Civil Veterinary Dept. Bombay admin report 1914-1922 - 1914-1922
Year: 1914
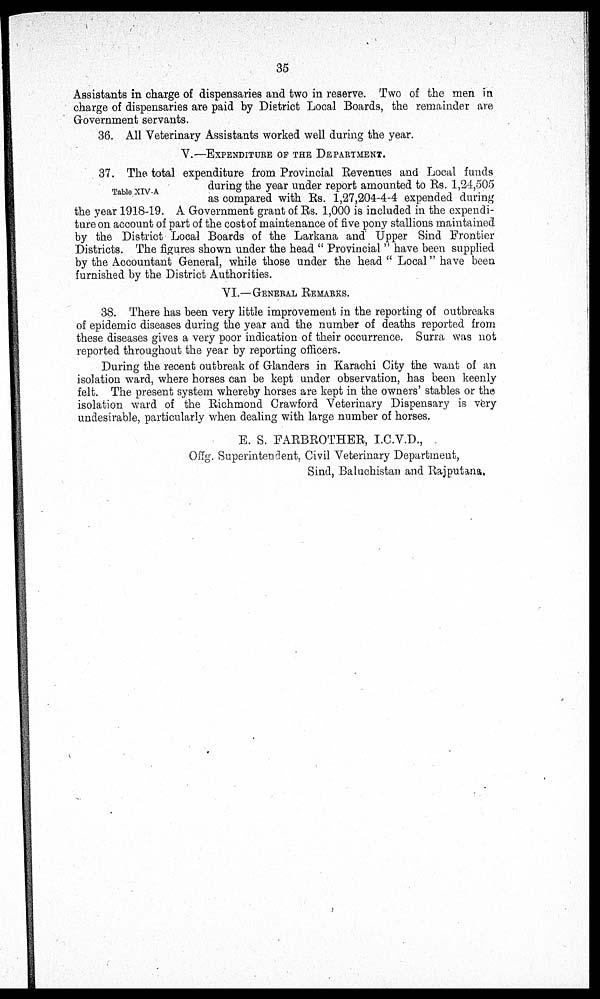
35
Assistants in charge of dispensaries and two in reserve. Two of the men in
charge of dispensaries are paid by District Local Boards, the remainder are
Government servants.
36. All Veterinary Assistants worked well during the year.
V.—EXPENDITURE OF THE DEPARTMENT.
Table XIV-A
37. The total expenditure from Provincial Revenues and Local funds
during the year under report amounted to Rs. 1,24,505
as compared with Rs. 1,27,204-4-4 expended during
the year 1918-19. A Government grant of Rs. 1,000 is included in the expendi-
ture on account of part of the cost of maintenance of five pony stallions maintained
by the District Local Boards of the Larkana and Upper Sind Frontier
Districts. The figures shown under the head "Provincial" have been supplied
by the Accountant General, while those under the head "Local" have been
furnished by the District Authorities.
VI.— GENERAL REMARKS.
38. There has been very little improvement in the reporting of outbreaks
of epidemic diseases during the year and the number of deaths reported from
these diseases gives a very poor indication of their occurrence. Surra was not
reported throughout the year by reporting officers.
During the recent outbreak of Glanders in Karachi City the want of an
isolation ward, where horses can be kept under observation, has been keenly
felt. The present system whereby horses are kept in the owners' stables or the
isolation ward of the Richmond Crawford Veterinary Dispensary is very
undesirable, particularly when dealing with large number of horses.
E. S. FARBROTHER, I.C.V.D.,
Offg. Superintendent, Civil Veterinary Department,
Sind, Baluchistan and Rajputana.